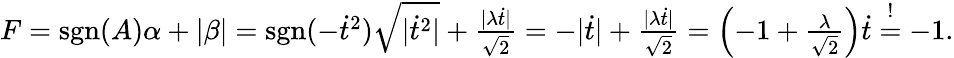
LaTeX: \begin{array}{r}{F=\mathrm{sgn}(A)\alpha+|\beta|=\mathrm{sgn}(-\dot{t}^{2})\sqrt{|\dot{t}^{2}|}+\frac{|\lambda\dot{t}|}{\sqrt{2}}=-|\dot{t}|+\frac{|\lambda\dot{t}|}{\sqrt{2}}=\left(-1+\frac{\lambda}{\sqrt{2}}\right)\dot{t}\stackrel{!}{=}-1.}\end{array}